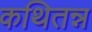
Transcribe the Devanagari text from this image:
कथितन्न